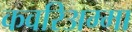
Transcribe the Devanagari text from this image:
कवरिअम्मा